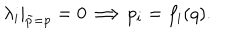
LaTeX: \lambda _ { i } | _ { \tilde { p } = p } = 0 \Longrightarrow p _ { i } = f _ { i } ( q ) { . }